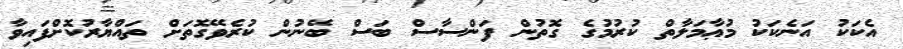
އެކަކު އަނެކަކު މުޢާމަލާތް ކުރުމުގެ ގޮތުން ފަންސާސް ބަސް ބޭނުން ކުރެވޭގޮތަށް ތައްޔާރުކޮށްފައިވާ